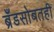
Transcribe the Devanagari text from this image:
ब्रँडसोबतही